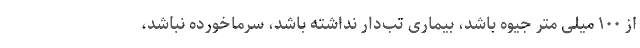
از ۱۰۰ میلی متر جیوه باشد، بیماری تب‌دار نداشته باشد، سرماخورده نباشد،